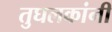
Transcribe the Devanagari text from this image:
तुघलकांनी